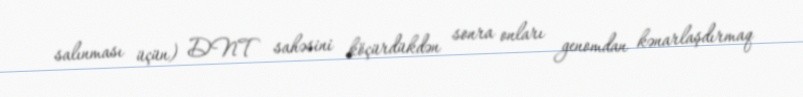
salınması üçün) DNT sahəsini köçürdükdən sonra onları genomdan kənarlaşdırmaq